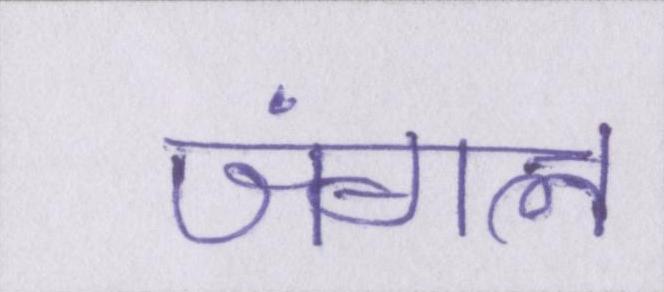
जंगल